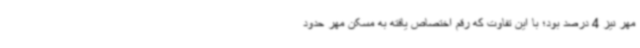
مهر نیز 4 درصد بود؛ با این تفاوت که رقم اختصاص یافته به مسکن مهر حدود